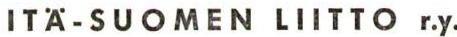
ITÄ-SUOMEN LIITTO r.y.